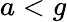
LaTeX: a<g